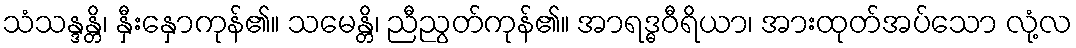
သံသန္ဒန္တိ၊ နှီးနှောကုန်၏။ သမေန္တိ၊ ညီညွတ်ကုန်၏။ အာရဒ္ဓဝီရိယာ၊ အားထုတ်အပ်သော လုံ့လ